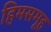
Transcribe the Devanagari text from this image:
हिमसमूह